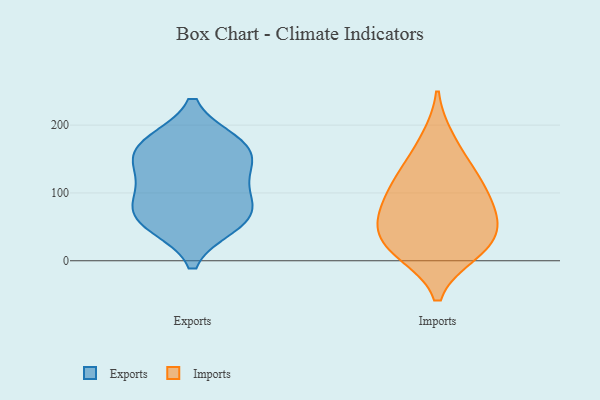
{"axis": {"x": "Waste Production (Tons)", "y": "Value"}, "legend": ["Exports", "Imports"], "data": [{"x": "", "y": 174, "type": "Exports"}, {"x": "", "y": 140, "type": "Exports"}, {"x": "", "y": 132, "type": "Exports"}, {"x": "", "y": 86, "type": "Exports"}, {"x": "", "y": 53, "type": "Exports"}, {"x": "", "y": 170, "type": "Exports"}, {"x": "", "y": 168, "type": "Exports"}, {"x": "", "y": 98, "type": "Exports"}, {"x": "", "y": 63, "type": "Exports"}, {"x": "", "y": 60, "type": "Exports"}, {"x": "", "y": 63, "type": "Imports"}, {"x": "", "y": 60, "type": "Imports"}, {"x": "", "y": 101, "type": "Imports"}, {"x": "", "y": 23, "type": "Imports"}, {"x": "", "y": 12, "type": "Imports"}, {"x": "", "y": 45, "type": "Imports"}, {"x": "", "y": 124, "type": "Imports"}, {"x": "", "y": 179, "type": "Imports"}, {"x": "", "y": 133, "type": "Imports"}, {"x": "", "y": 85, "type": "Imports"}, {"x": "", "y": 15, "type": "Imports"}]}